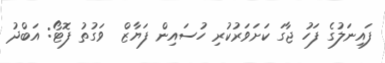
ފައިނަލުގެ ފަހު ޖާގަ ކަށަވަރުކުރި ހުސައިން ފަޔާޒް  ވަގުތު ފޮޓޯ: އަބްދު